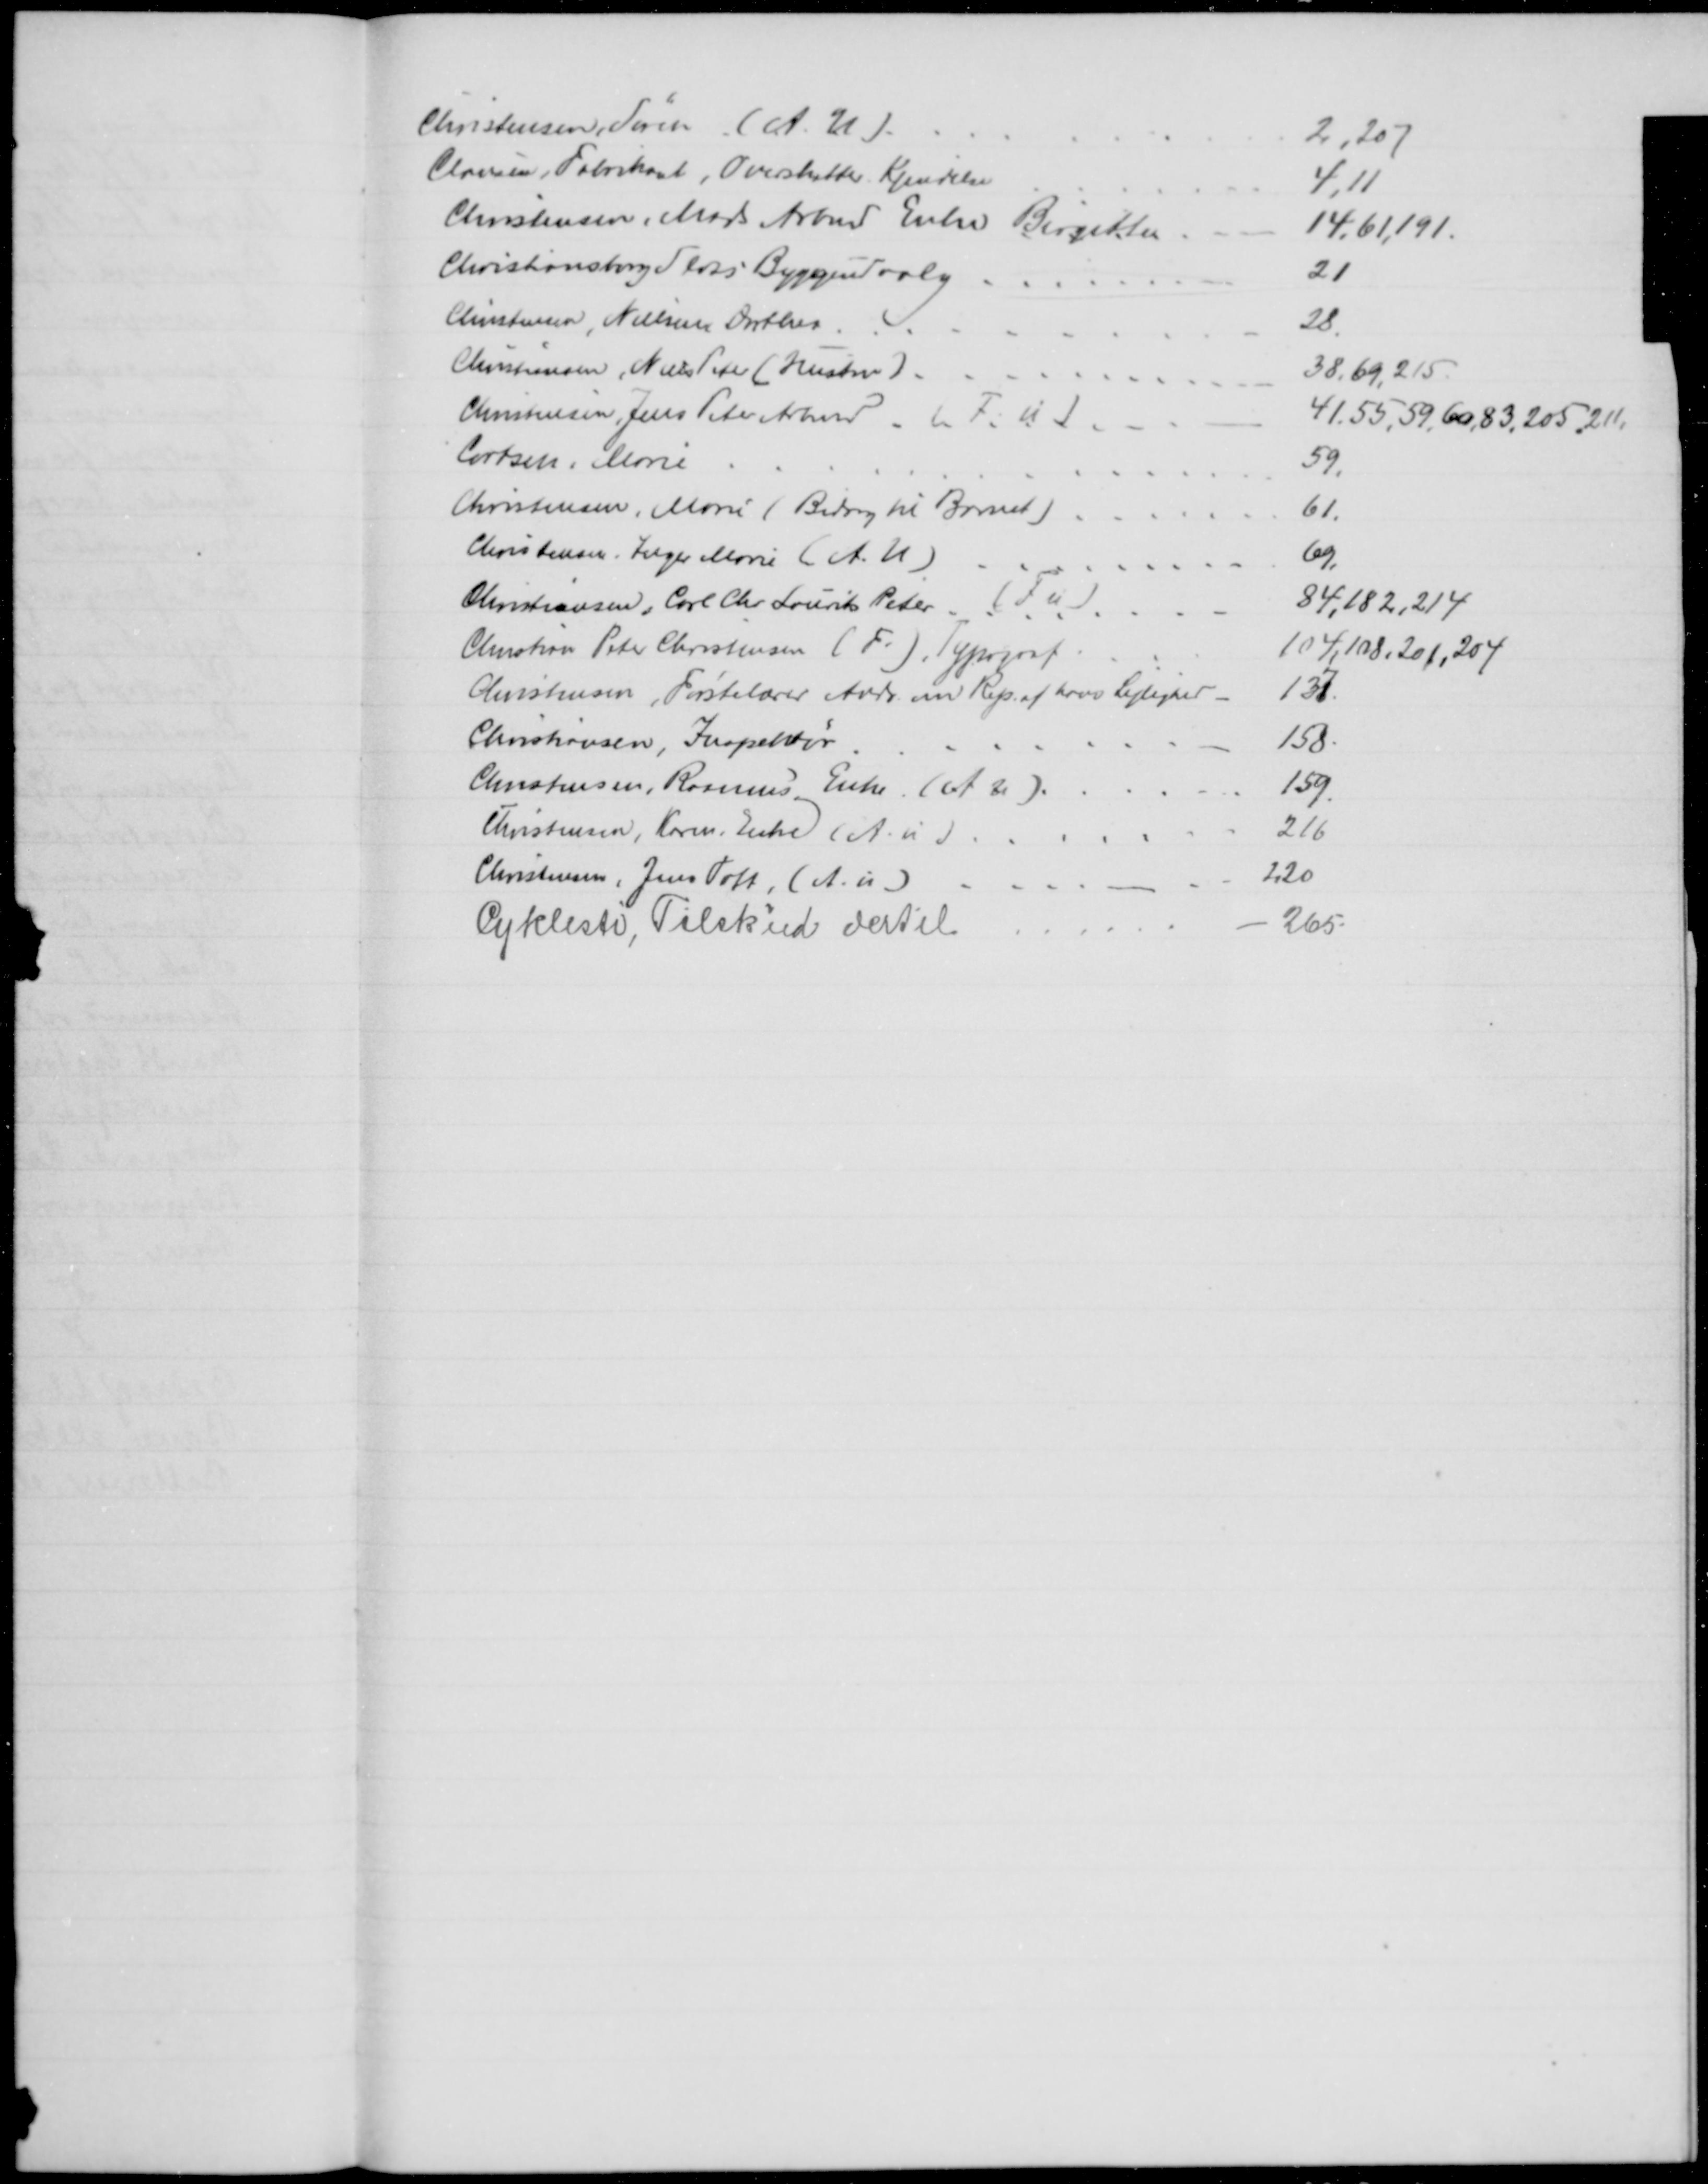
Transskription:
Christensen, Søren (A. U).
2,207
Clausen, Fabrikant, Overskatter. Kjendelse
4,11
Christensen, Mads Arbmd Enke Birgitte
14,61,191
Christiansborg Slots Byggeudvalg
21
Christensen, Nielsen Dorthea
28.
Christiansen, Niels Peter (Hustru)
38, 69, 215
Christensen Jens Peter Arbmd (F. u)
41,55,59, 60,83, 205, 211.
Cortsen, Marie
59.
Christensen, Marie (Bidrag til Barnet)
61.
Christiansen, Inger Marie (A. U)
69,
Christiansen, Carl Chr. Laurits Peter (F u)
84,182, 214
Christian Peter Christensen (F.), Typograf
104, 108, 201,204
Christensen, Førstelærer Andr. om Rep. af hans Lejlighed
137
Christiansen, Inspektør
158
Christensen, Rasmus Enke. (A u).
159.
Christensen, Karen. Enke (A. u)
216
Christensen, Jens Toft, (A. u)
220
Cyklesti, Tilskud dertil
265.